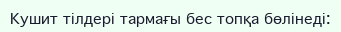
Кушит тілдері тармағы бес топқа бөлінеді: